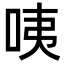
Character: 咦